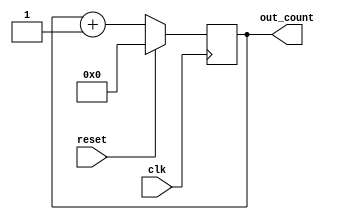
module counter (clk,reset, out_count);
	input clk,reset;
	output reg [4:0] out_count;
	always @(posedge clk) begin 
		if (reset) 
			out_count <=0;
		else 
			out_count <= out_count+1;
	end

endmodule